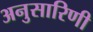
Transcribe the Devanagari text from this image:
अनुसारिणी